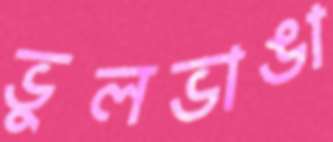
ভুলভাঙা